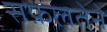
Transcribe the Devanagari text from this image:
सफ़लतेने